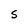
Character: S